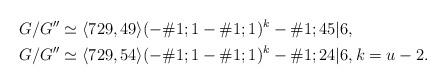
LaTeX: \begin{align*}\begin{aligned}G/G^{\prime\prime} &\simeq\langle 729,49\rangle(-\#1;1-\#1;1)^k-\#1;45\vert 6,\\G/G^{\prime\prime} &\simeq\langle 729,54\rangle(-\#1;1-\#1;1)^k-\#1;24\vert 6,k=u-2.\end{aligned}\end{align*}